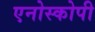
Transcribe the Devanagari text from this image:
एनोस्कोपी